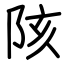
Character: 陔